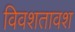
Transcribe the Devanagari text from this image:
विवशतावश